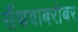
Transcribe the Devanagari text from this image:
सैंधवाबरोबर